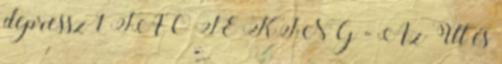
depressz 1 TAO TE KING - Az Út és